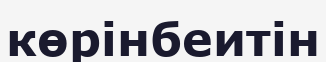
көрінбеитін